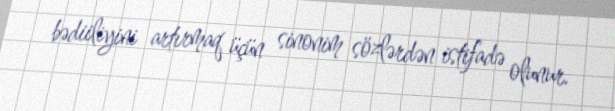
bədiiliyini artırmaq üçün sinonim sözlərdən istifadə olunur.